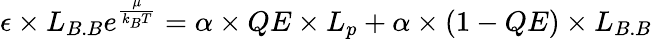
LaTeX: \epsilon\times L_{B.B}e^{\frac{\mu}{k_{B}T}}=\alpha\times QE\times L_{p}+\alpha\times(1-QE)\times L_{B.B}